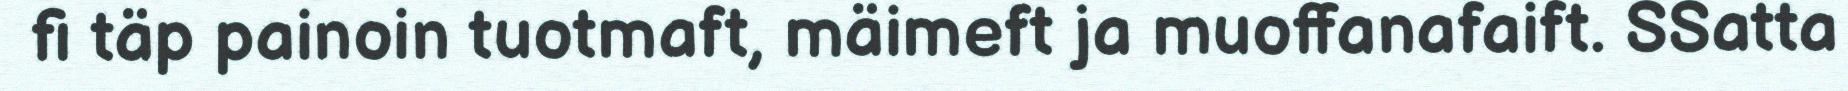
fi täp painoin tuotmaft, mäimeft ja muoffanafaift. SSatta